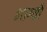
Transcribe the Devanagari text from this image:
भाग्यों